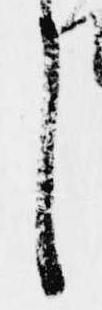
し